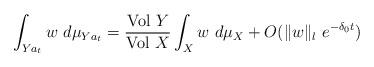
LaTeX: \begin{align*}\int_{Y a_t} w \,\, d\mu_{Y a_t} = \frac{\textrm{Vol }Y}{\textrm{Vol }X}\int_X w \,\, d\mu_X + O(\|w\|_l \,\, e^{-\delta_0 t})\end{align*}